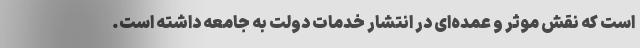
است که نقش موثر و عمده‌ای در انتشار خدمات دولت به جامعه داشته است.